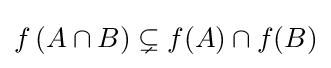
f\left(A\cap B\right)\subsetneq f(A)\cap f(B)